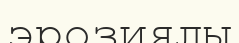
эрозиялы